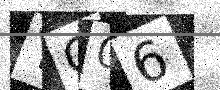
Text: YG06